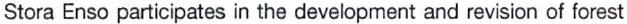
Stora Enso participates in the development and revision of forest